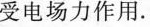
受电场力作用.